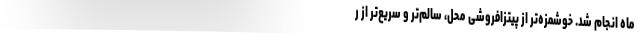
ماه انجام شد. خوشمزه‌تر از پیتزافروشی محل، سالم‌تر و سریع‌تر از ر